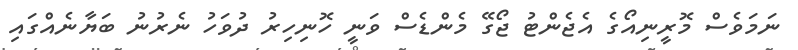
ނަމަވެސް މޮރީނިއޯގެ އެޖެންޓު ޖޯގޭ މެންޑެސް ވަނީ ހޮނިހިރު ދުވަހު ނެރުނު ބަޔާނެއްގައި